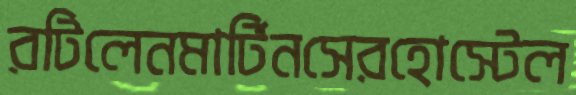
রটিলেনমার্টিনসেরহোস্টেল